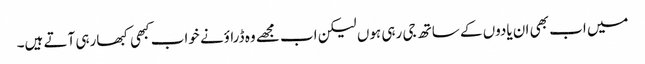
میں اب بھی ان یادوں کے ساتھ جی رہی ہوں لیکن اب مجھے وہ ڈراؤنے خواب کبھی کبھارہی آتے ہیں۔